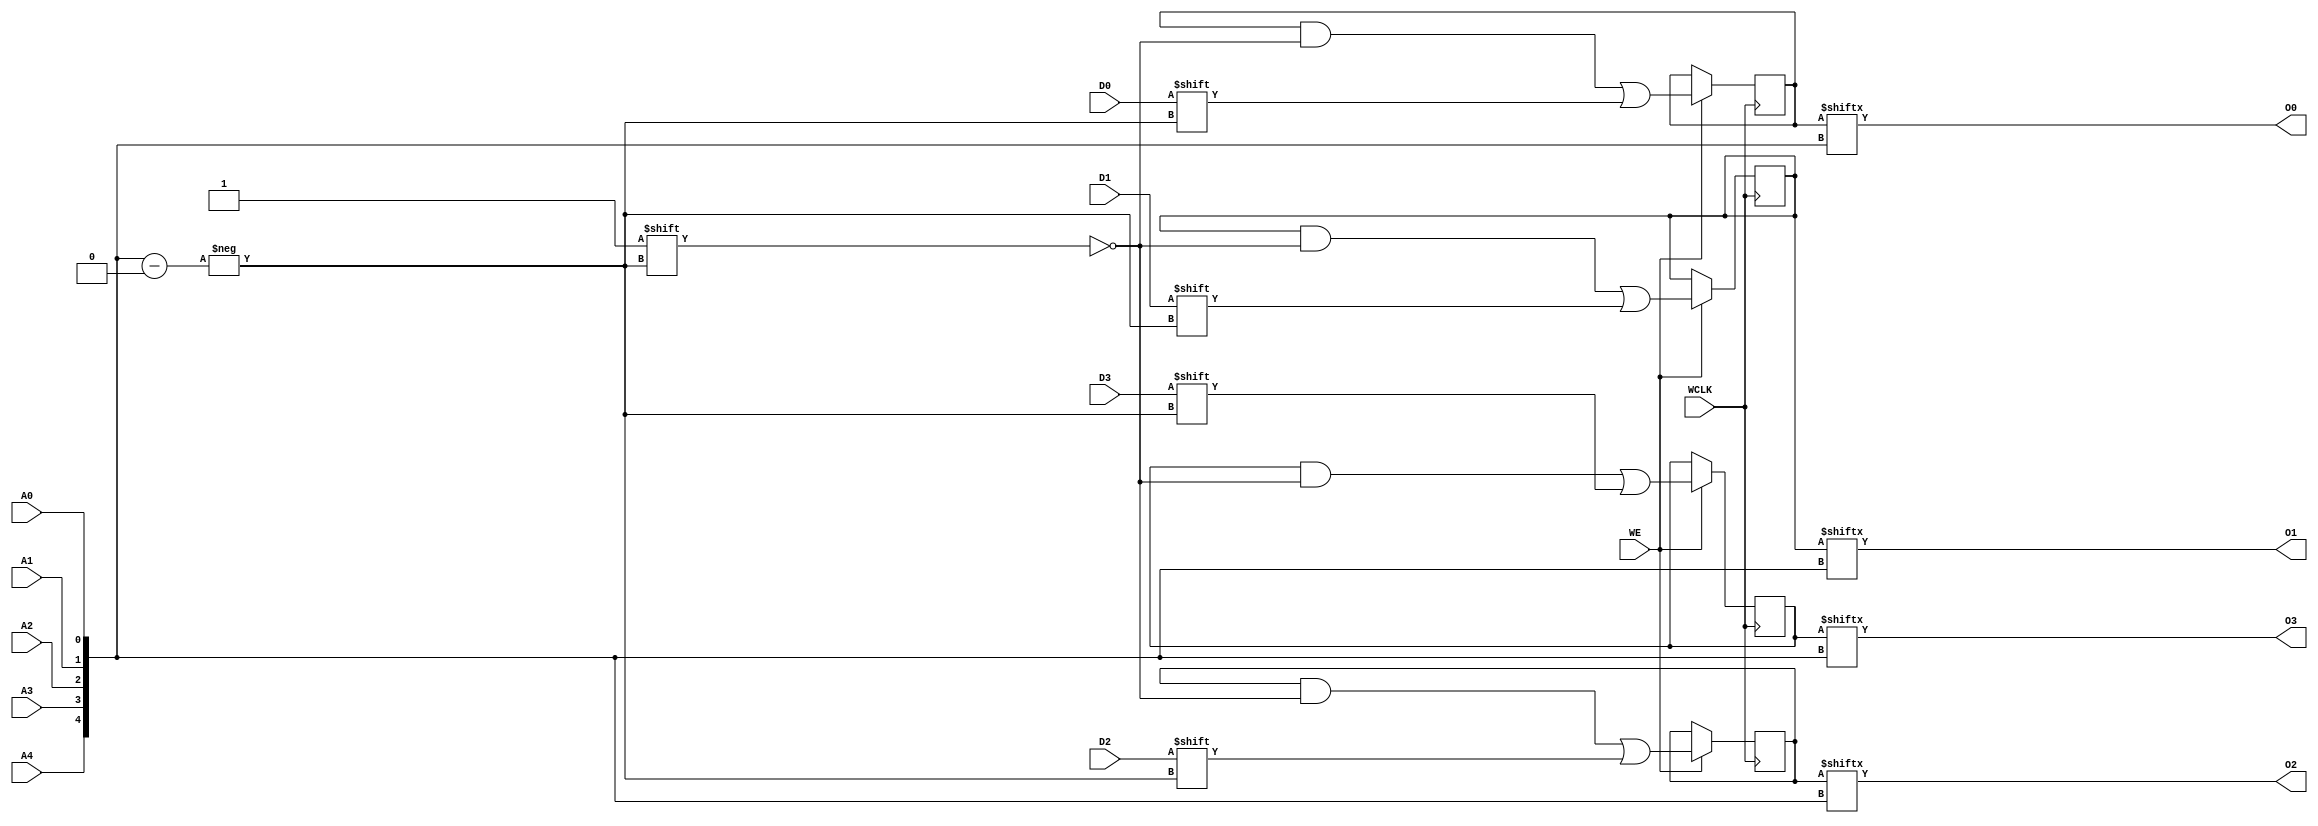
module RAM32X4S (O0, O1, O2, O3, A0, A1, A2, A3, A4, D0, D1, D2, D3, WCLK, WE);

    parameter INIT_00 = 32'h00000000;
    parameter INIT_01 = 32'h00000000;
    parameter INIT_02 = 32'h00000000;
    parameter INIT_03 = 32'h00000000;

    output O0, O1, O2, O3;

    input  A0, A1, A2, A3, A4, D0, D1, D2, D3, WCLK, WE;

    reg  [31:0] mem0;
    reg  [31:0] mem1;
    reg  [31:0] mem2;
    reg  [31:0] mem3;

    wire [4:0] adr;

    assign adr = {A4, A3, A2, A1, A0};
    assign O0 = mem0[adr];
    assign O1 = mem1[adr];
    assign O2 = mem2[adr];
    assign O3 = mem3[adr];

    initial  begin
        mem0 = INIT_00;
        mem1 = INIT_01;
        mem2 = INIT_02;
        mem3 = INIT_03;
    end

    always @(posedge WCLK) 
        if (WE == 1'b1) begin
            mem0[adr] <= #100 D0;
            mem1[adr] <= #100 D1;
            mem2[adr] <= #100 D2;
            mem3[adr] <= #100 D3;
        end

endmodule